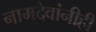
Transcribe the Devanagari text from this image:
नामदेवांनीही